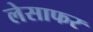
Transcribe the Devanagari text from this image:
लेसाफर